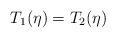
LaTeX: \begin{align*}T_1(\eta)=T_2(\eta)\end{align*}